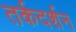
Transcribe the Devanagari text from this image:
तर्कदर्शन